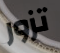
تزور